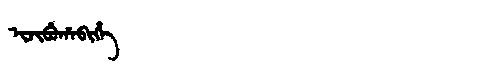
Manchu: ᡳᠵᡳᠪᡠᡥᠠᠪᡳᡥᡝ
Romanization: IJIBUHABIHE